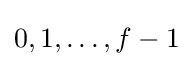
0,1,\dots ,f-1